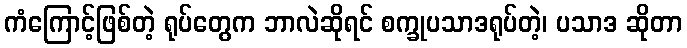
ကံကြောင့်ဖြစ်တဲ့ ရုပ်တွေက ဘာလဲဆိုရင် စက္ခုပသာဒရုပ်တဲ့၊ ပသာဒ ဆိုတာ